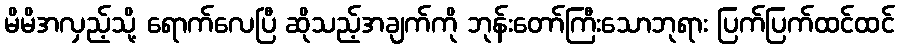
မိမိအလှည့်သို့ ရောက်လေပြီ ဆိုသည့်အချက်ကို ဘုန်းတော်ကြီးသောဘုရား ပြက်ပြက်ထင်ထင်